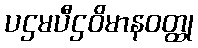
ပဌမပီဌဝိမာနဝတ္ထု